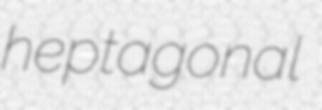
heptagonal